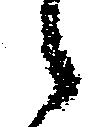
々